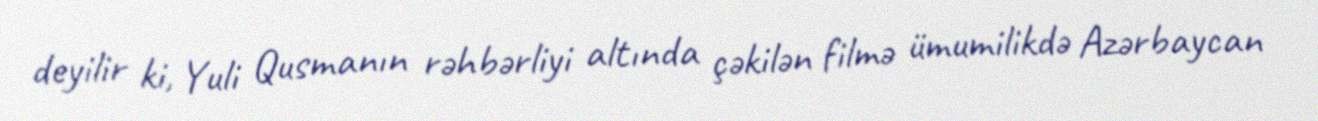
deyilir ki, Yuli Qusmanın rəhbərliyi altında çəkilən filmə ümumilikdə Azərbaycan